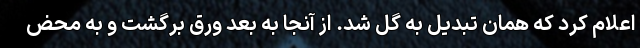
اعلام کرد که همان تبدیل به گل شد. از آنجا به بعد ورق برگشت و به محض